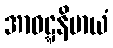
အာဝဋ္ဋနိမာယံ